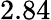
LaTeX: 2.84